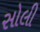
સોલી